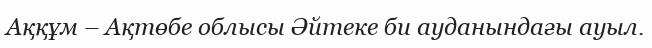
Аққұм – Ақтөбе облысы Әйтеке би ауданындағы ауыл.